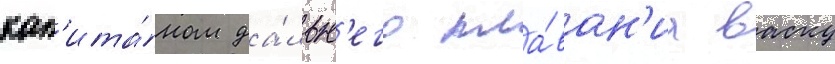
кап'ита́ном да́льн'его пла́ван'иа васку